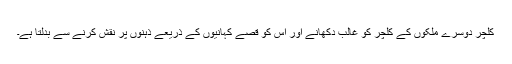
کلچر دوسرے ملکوں کے کلچر کو غالب دکھانے اور اس کو قصے کہانیوں کے ذریعے ذہنوں پر نقش کرنے سے بدلتا ہے۔